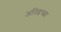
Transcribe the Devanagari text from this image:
अतिइच्छा